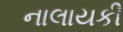
નાલાયકી